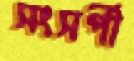
সংসর্পী